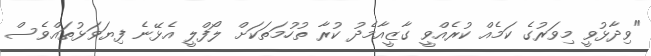
"ވިދާޅުވީ މިވަރުގެ ކަމެއް ކުރެއްވީ ގާޒީއާމެދު ކުރާ ތުހުމަތަކަށް ލޯފްލީ އެޅޭނެ ފިޔަވަޅުތައްވެސް